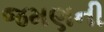
જમણની